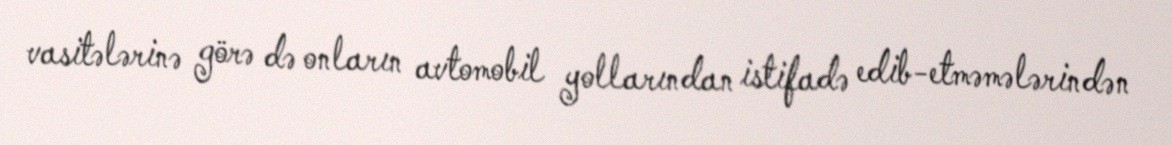
vasitələrinə görə də onların avtomobil yollarından istifadə edib-etməmələrindən